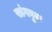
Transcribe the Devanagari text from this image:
सांगबुक